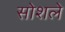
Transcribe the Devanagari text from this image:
सोशले